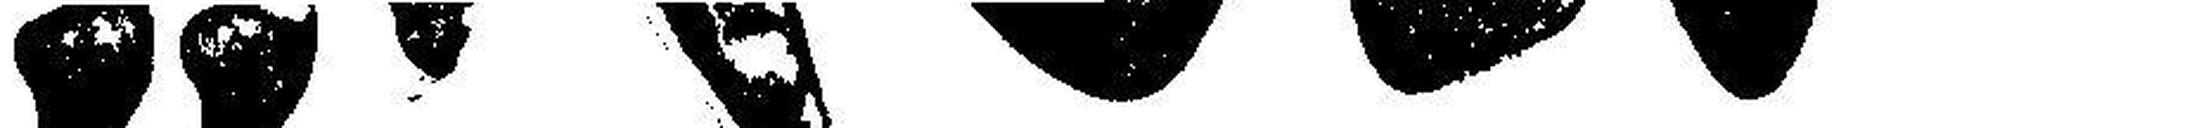
„REX“